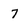
Character: 7